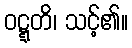
ဝဋ္ဋတိ၊ သင့်၏။